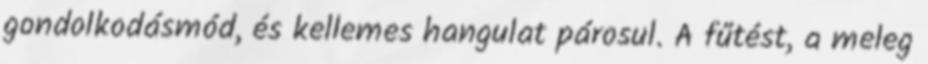
gondolkodásmód, és kellemes hangulat párosul. A fűtést, a meleg